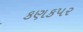
કણકપર